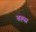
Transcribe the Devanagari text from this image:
बह्स